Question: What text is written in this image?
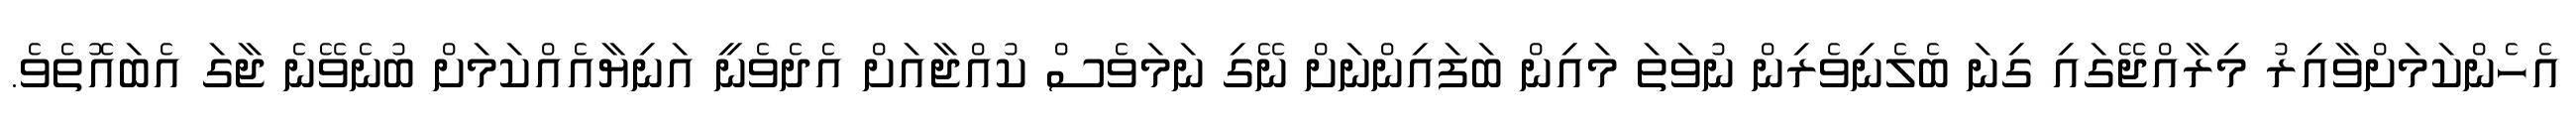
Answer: އެހެންކަމަށްވާއިރު މިރާއްޖޭގައި ގިނަ ބެލެނިވެރިން ނުވަތަ މައިން ބަފައިންނަށް ނޭގި ނަމަވެސް ކުއްޖާއަށް އެދެވެނީ އަނިޔާއެއްކަމަށް ބުނެވޭނެ ޖާގަ އެބައޮތެވެ.